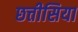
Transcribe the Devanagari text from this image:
छत्तीसिया